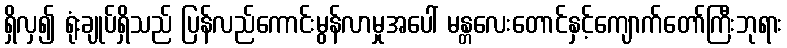
ရှိလှ၍ ရုံးချုပ်ရှိသည် ပြန်လည်ကောင်းမွန်လာမှုအပေါ် မန္တလေးတောင်နှင့်ကျောက်တော်ကြီးဘုရား